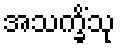
အသက္ခိံသု